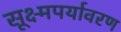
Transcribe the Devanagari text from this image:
सूक्ष्मपर्यावरण